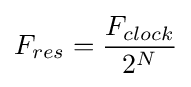
F_{res}={\frac {F_{clock}}{2^{N}}}